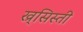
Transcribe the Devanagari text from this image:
ख्र्सिस्ती